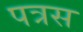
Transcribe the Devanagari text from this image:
पत्रस